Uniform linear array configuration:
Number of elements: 48
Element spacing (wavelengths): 0.5
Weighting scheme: kaiser
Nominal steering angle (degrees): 15
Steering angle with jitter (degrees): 13.549
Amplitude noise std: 0.05
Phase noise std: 0.05

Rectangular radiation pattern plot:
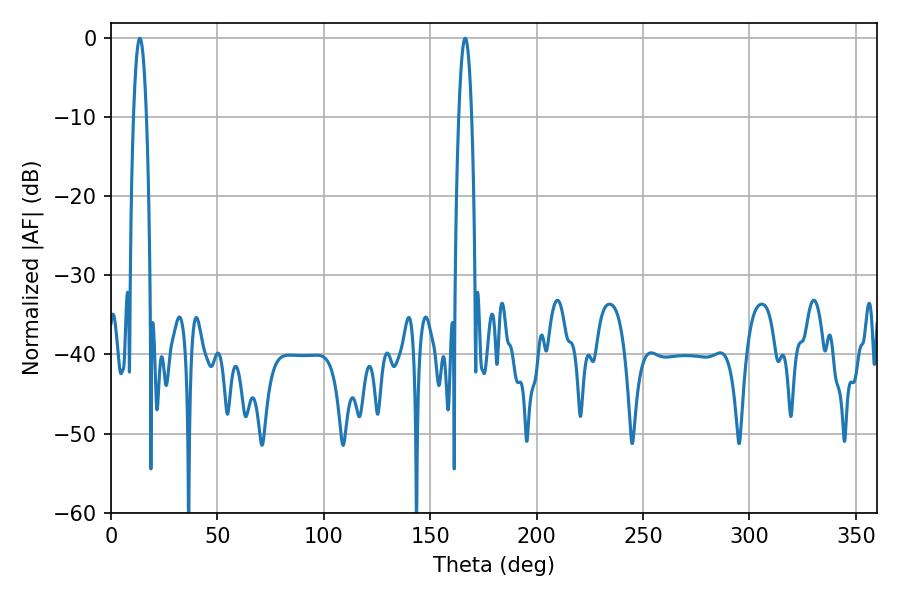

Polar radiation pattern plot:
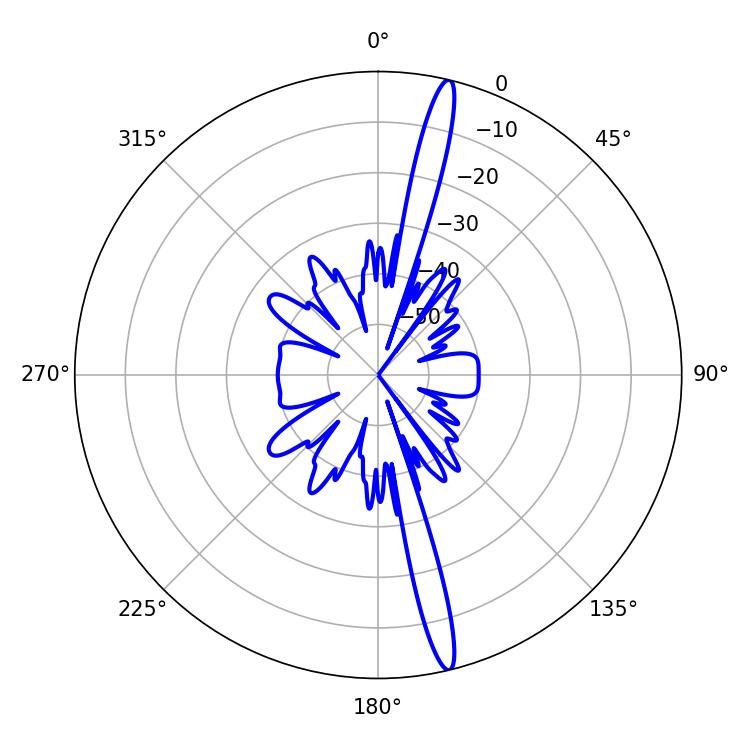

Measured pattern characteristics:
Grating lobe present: FALSE
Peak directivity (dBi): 18.291
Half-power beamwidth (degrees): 3.42
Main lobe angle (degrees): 13.5